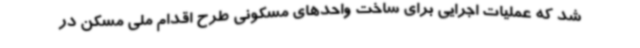
شد که عملیات اجرایی برای ساخت واحدهای مسکونی طرح اقدام ملی مسکن در